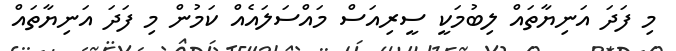
މި ފަދަ އަނިޔާތައް ލިބުމަކީ ސީރިއަސް މައްސަލައެއް ކަމުން މި ފަދަ އަނިޔާތައް